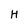
Character: H